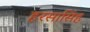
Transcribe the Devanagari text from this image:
हरसासिंह